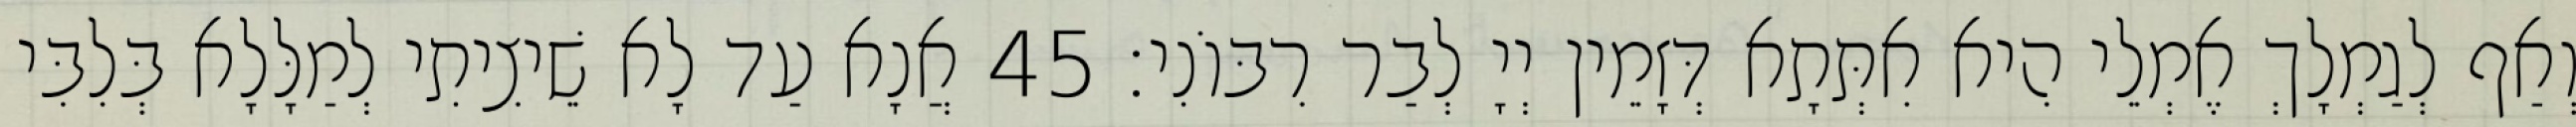
וְאַף לְגַמְלָךְ אֶמְלֵי הִיא אִתְּתָא דְּזָמֵין יְיָ לְבַר רִבּוֹנִי׃ 45 אֲנָא עַד לָא שֵׁיצִיתִי לְמַלָּלָא בְּלִבִּי